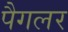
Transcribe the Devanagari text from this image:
पैगलर